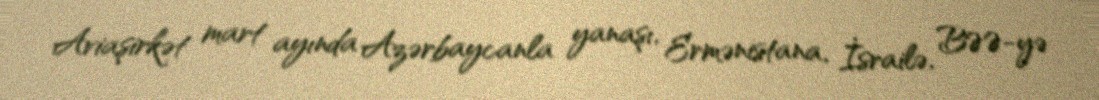
Aviaşirkət mart ayında Azərbaycanla yanaşı, Ermənistana, İsrailə, BƏƏ-yə